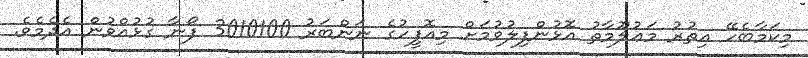
މިކަމާބެހޭ އިތުރު މަޢުލޫމާތު އޮޅުންފިލުވުމަށް މިއޮފީހުގެ ނަންބަރު 3010100 ފޯނާ ގުޅުއްވުން އެދެމެވެ.